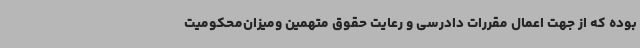
بوده که از جهت اعمال مقررات دادرسی و رعایت حقوق متهمین ومیزان‌محکومیت